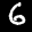
Label: 6